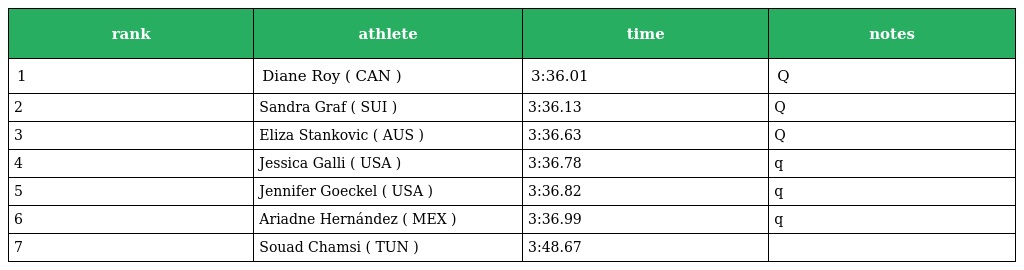
| rank | athlete | time | notes |
 | --- | --- | --- | --- |
 | 1 | Diane Roy ( CAN ) | 3:36.01 | Q |
 | 2 | Sandra Graf ( SUI ) | 3:36.13 | Q |
 | 3 | Eliza Stankovic ( AUS ) | 3:36.63 | Q |
 | 4 | Jessica Galli ( USA ) | 3:36.78 | q |
 | 5 | Jennifer Goeckel ( USA ) | 3:36.82 | q |
 | 6 | Ariadne Hernández ( MEX ) | 3:36.99 | q |
 | 7 | Souad Chamsi ( TUN ) | 3:48.67 |  |